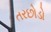
તરછોડો